Vabadussoja_Ajaloo_Komitee, lk 18
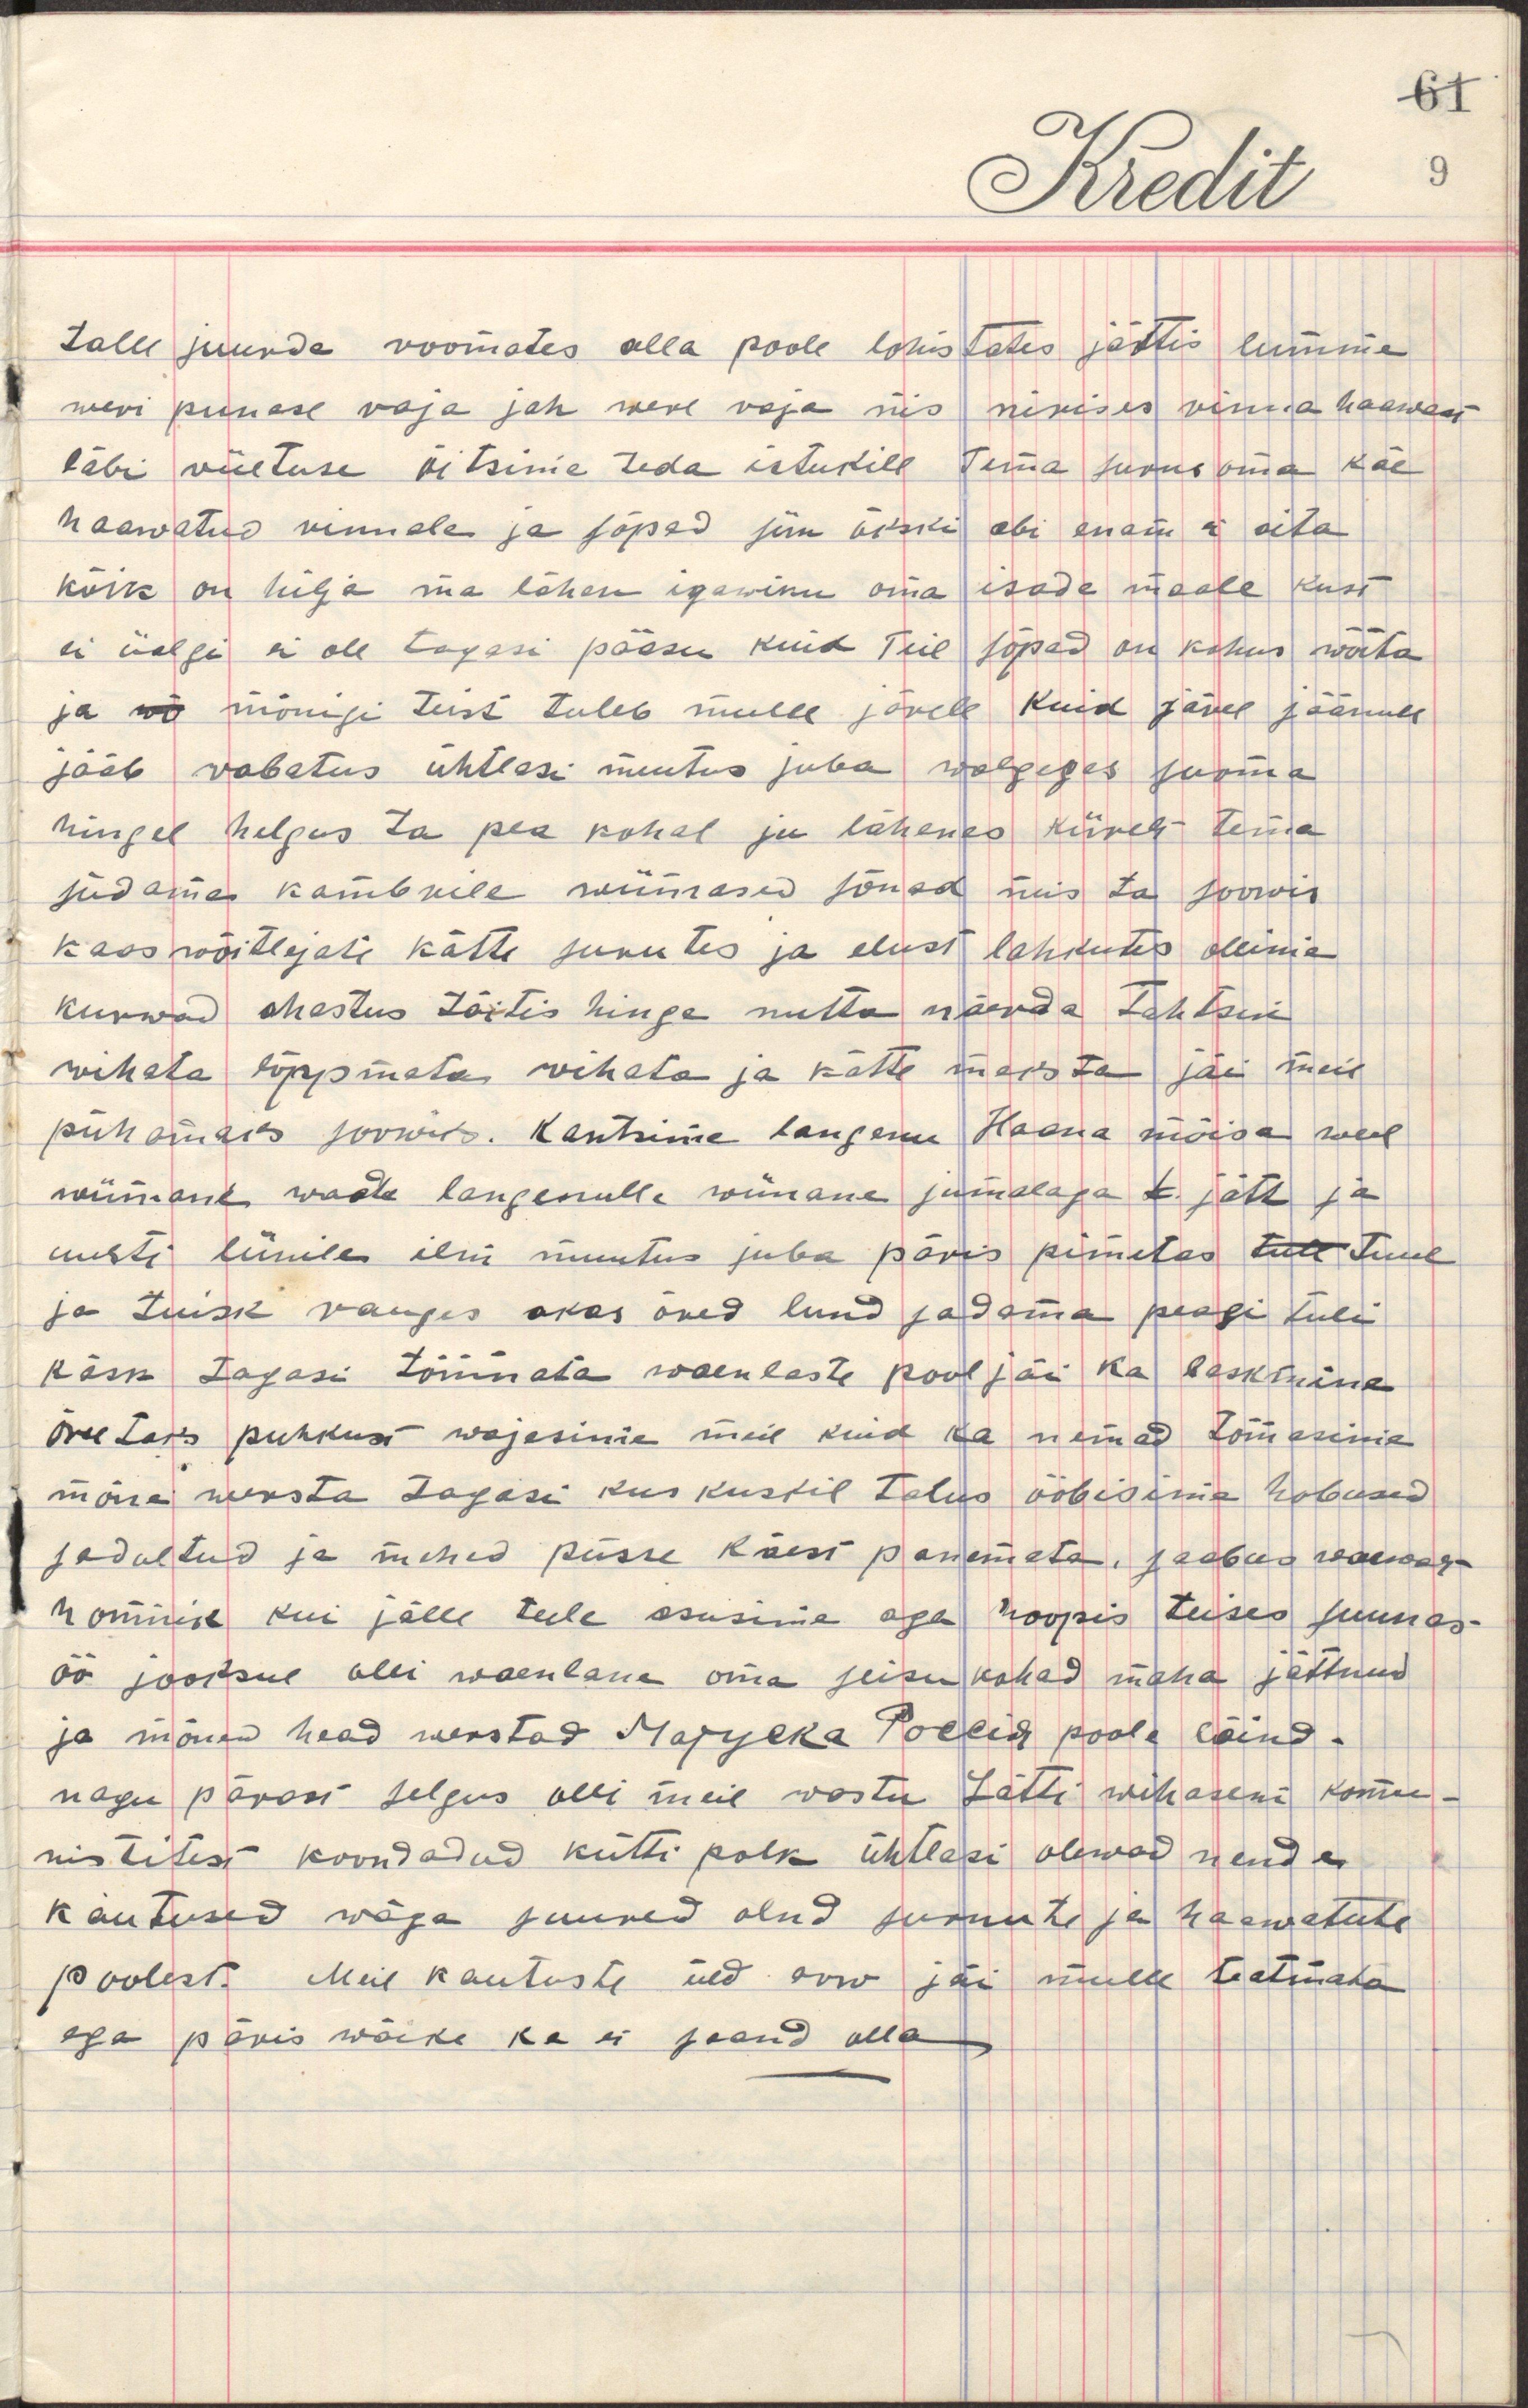
talle juurde roomates alla poole lohistades jättis lumme
weri punase raja jah were raja siis nirises sinna haawant
läbi riietuse oitsime teda istukill tema surus oma käe
haawatud rinnale ja sõprad siin ükski abi enam ei aita
kõik on hilja ma lähen igawiku oma isade maale kust
ei iialgi ole tagasi pääsu kuid teil sõprad on kohus wõita
ja mõ mõnigi teist tuleb mulle järele kuid järel jäänule
jääb wabatus ühtlasi muutus juba walguses surma
hingel helgus ta pea kohal ju lähenes kiirelt tema
südame kambrile wiimased sõnad mis ta soowis
kaaswõitlejate kätt surutes ja elust lahkutes ollime
kurwad ahastus tõstis hinge nutta naerda tahtsin
wihata lõppmata wihata ja kätte maksta jäi meie
pühamaks soowiks. Kantsime langenu Haana mõisa weel
wiimane waade langenulle wiimane jumalaga jätt ja
uuesti [..] ilm muutus juba päris pimetas tull tuul
ja tuisk rauges akas õued lund sadama peagi tuli
käsk tagasi tõmmata waenlaste pool jäi ka lasksime
õretaks puhkust wajasime meie kuid ka nemad tõmasime
mõne wersta tagasi kus kuskil talus ööbisime hobused
sadultud ja mehed püsse käest panemata, saabus walkega
hommik kui jälle teele asusime aga hoopis teises suunas
öö jooksul olli waenlane oma seisukohad maha jättnud 
ja mõned head werstad Матуска Россия poole läind
nagu pärast selgus olli meie wastu Lätti wihasem komu-
nistitest koondadud kütti polk ühtlasi olewad nende
kautused wäga suured olnd surnute ja haawatute
poolest. Meie kautuste üld arw jäi mulle teatmata
aga päris wäike ka ei saand olla